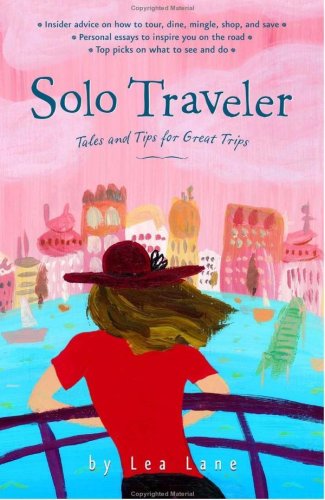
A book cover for Solo Traveler: Tales and Tips for Great Trips, 1st Edition (Special-Interest Titles); Lea Lane; Travel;